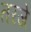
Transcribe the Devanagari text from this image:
तरजे